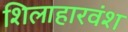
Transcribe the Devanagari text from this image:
शिलाहारवंश